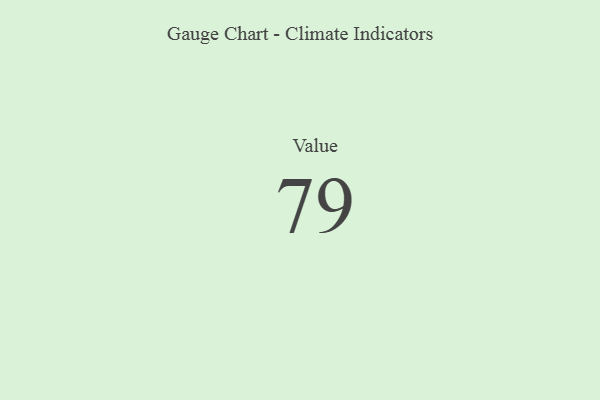
{"axis": {"x": "Metric", "y": "Value"}, "legend": [""], "data": [{"x": "Value", "y": 79, "type": ""}]}